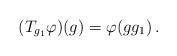
\begin{align*}(T_{g_1}\varphi)(g)=\varphi(gg_1)\,.\end{align*}